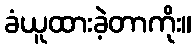
ခံယူထားခဲ့တာကိုး။